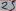
Text: 25